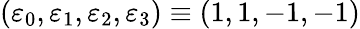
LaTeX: \left(\varepsilon_{0},\varepsilon_{1},\varepsilon_{2},\varepsilon_{3}\right)\equiv\left(1,1,-1,-1\right)